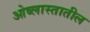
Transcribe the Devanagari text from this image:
ओब्लास्तातील